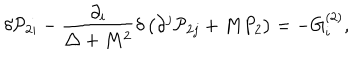
\delta { \cal P } _ { 2 i } - \frac { \partial _ { i } } { \triangle + M ^ { 2 } } \delta \left( \partial ^ { j } { \cal P } _ { 2 j } + M P _ { 2 } \right) = - G _ { i } ^ { ( 2 ) } ,